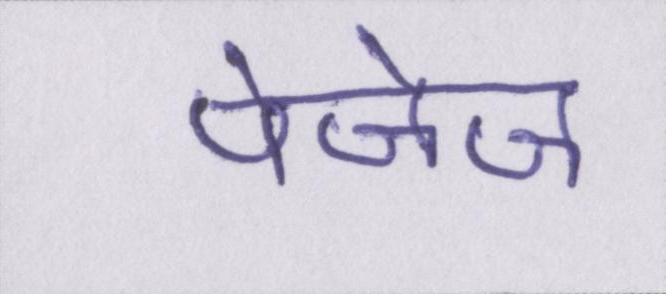
पेजेज